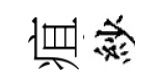
疽紗